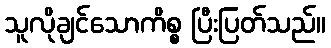
သူလိုချင်သောကိစ္စ ပြီးပြတ်သည်။